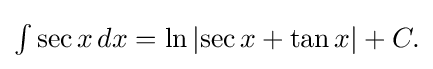
{\textstyle \int \sec x\,dx=\ln \left|\sec x+\tan x\right|+C.}